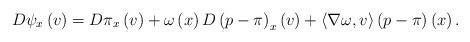
LaTeX: \begin{align*}D\psi _{x}\left( v\right) =D\pi _{x}\left( v\right) +\omega \left( x\right)D\left( p-\pi \right) _{x}\left( v\right) +\left\langle \nabla \omega,v\right\rangle \left( p-\pi \right) \left( x\right) . \end{align*}